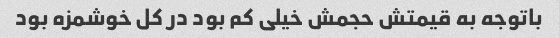
باتوجه به قیمتش حجمش خیلی کم بود در کل خوشمزه بود